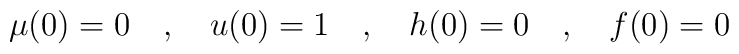
\mu(0) = 0 \quad , \quad u(0) = 1 \quad , \quad h(0) = 0 \quad , \quad f(0) = 0